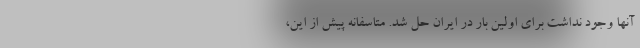
آنها وجود نداشت برای اولین بار در ایران حل شد. متاسفانه پیش از این،